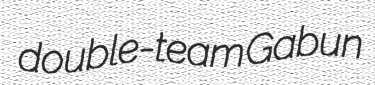
double-team Gabun